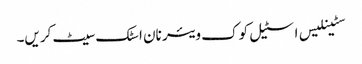
سٹینلیس اسٹیل کوک ویئر نان اسٹک سیٹ کریں۔